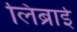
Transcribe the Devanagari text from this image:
लिब्राई